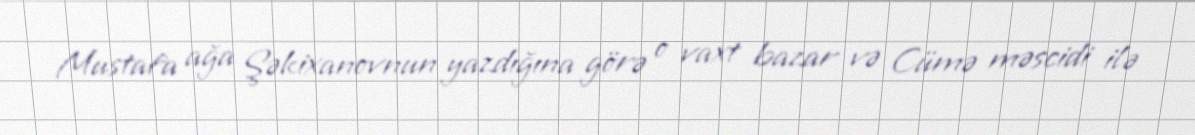
Mustafa ağa Şəkixanovnun yazdığına görə o vaxt bazar və Cümə məscidi ilə